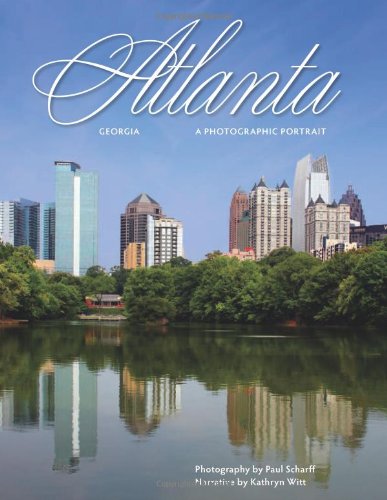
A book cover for Atlanta: A Photographic Portrait; Kathryn Witt; Travel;